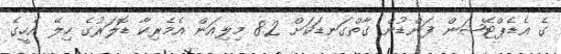
ގެ އެޑެޕްޓޭޝަން ފަންޑުން ގާތްގަނޑަކަށް 8.2 މިލިއަން އެމެރިކާ ޑޮލަރުގެ ހިލޭ އެހީގެ